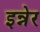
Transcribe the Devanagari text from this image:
इन्नेर